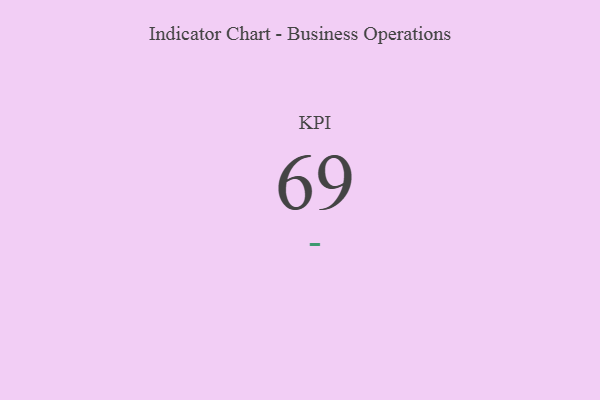
{"axis": {"x": "KPI", "y": "Value"}, "legend": [""], "data": [{"x": "KPI", "y": 69, "type": ""}]}